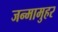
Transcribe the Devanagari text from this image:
जन्मामुहर